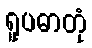
ရူပဓာတုံ